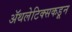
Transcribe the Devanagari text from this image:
ॲथलेटिक्सकडून